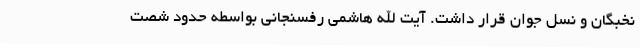
نخبگان و نسل جوان قرار داشت. آیت الله هاشمی رفسنجانی بواسطه حدود شصت